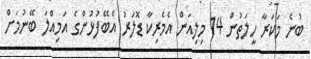
ބުނެ މަކަރާ ހީލަތުން 14 މިލިއަން އެމެރިކާ ޑޮލަރު އެބޭފުޅުންގެ އަމިއްލަ ބޭނުމަށް